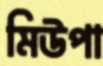
মিউপা